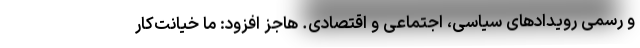
و رسمی رویدادهای سیاسی، اجتماعی و اقتصادی. هاجز افزود: ما خیانت‌کار